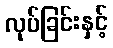
လုပ်ခြင်းနှင့်